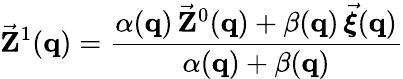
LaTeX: \vec{\mathbf Z}^{1}({\mathbf q})=\frac{\alpha({\mathbf q})\, \vec{\mathbf Z}^{0}({\mathbf q})+\beta({\mathbf q})\, \vec{\boldsymbol{\xi}}({\mathbf q})}{\alpha({\mathbf q})+\beta({\mathbf q})}